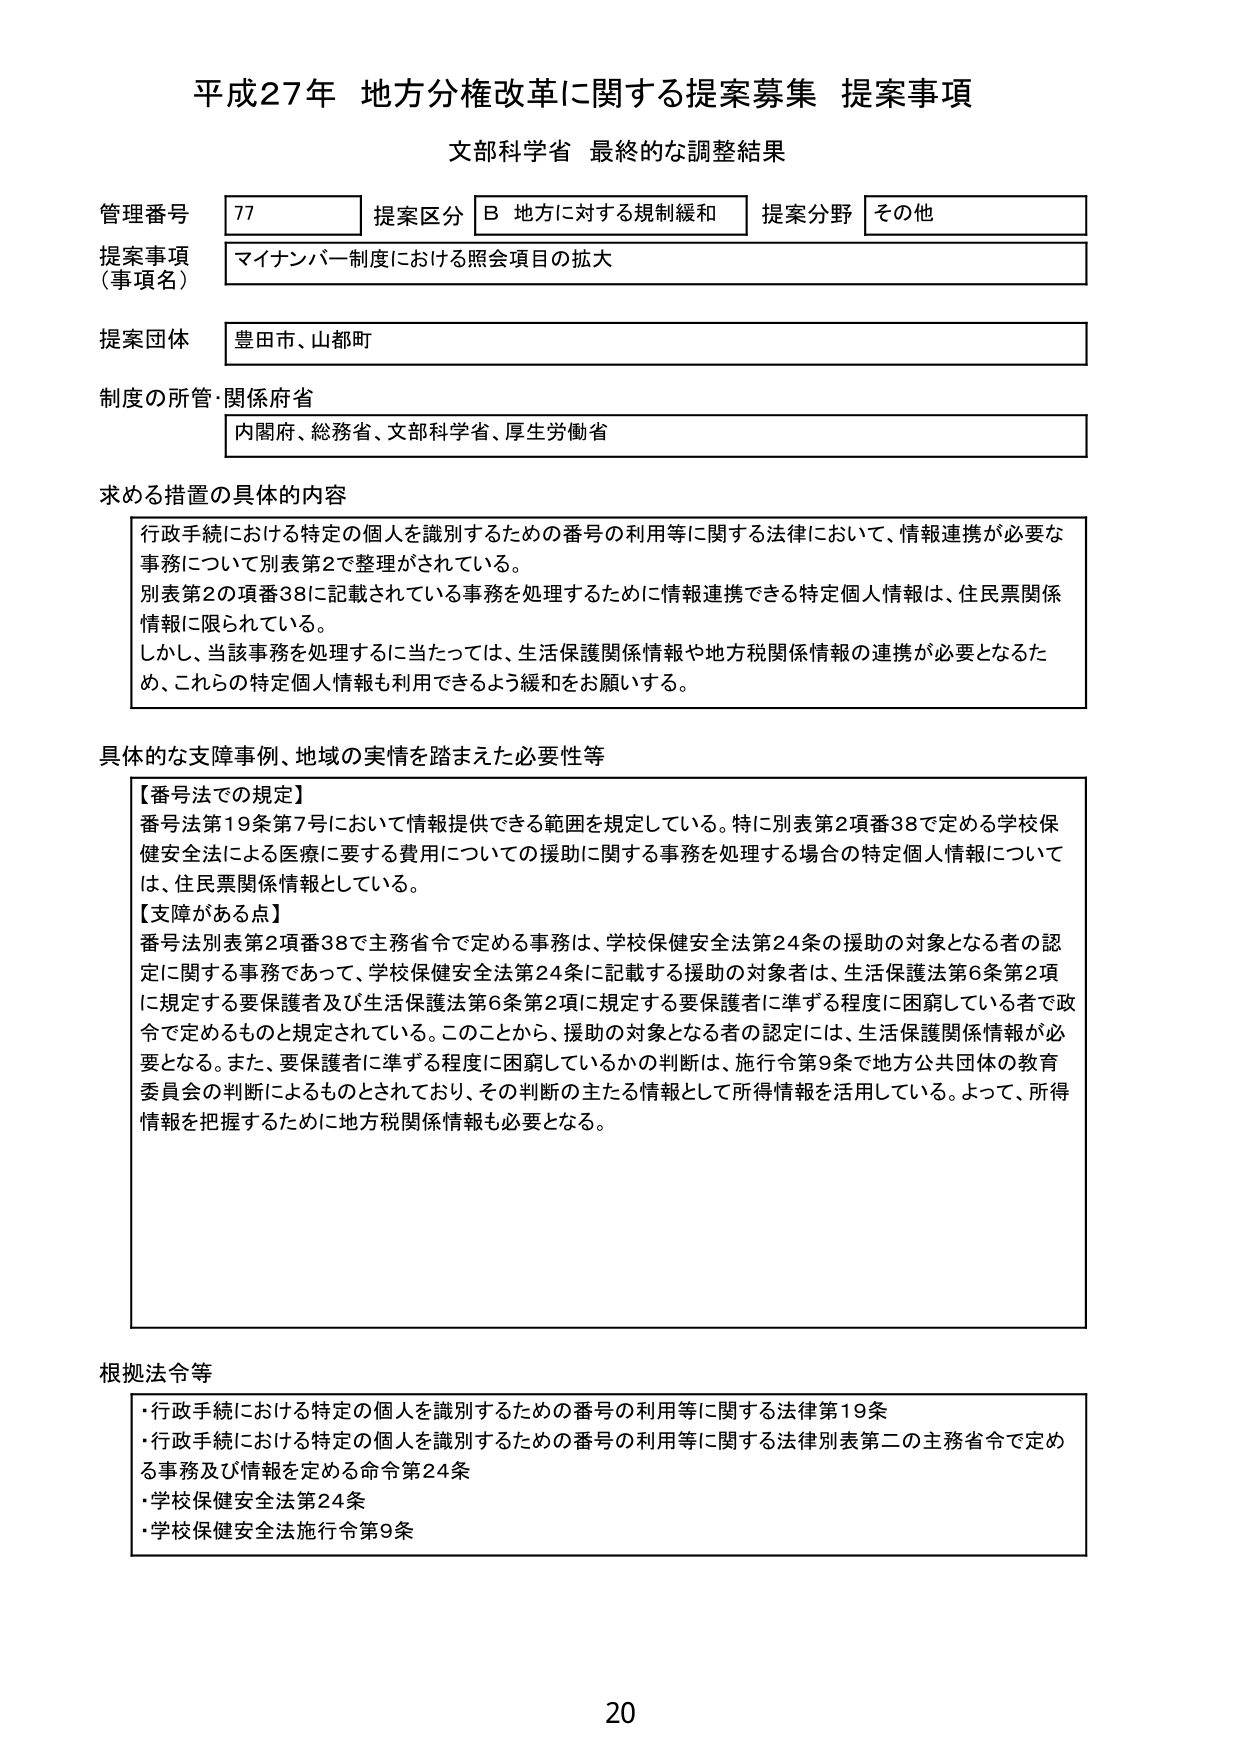
平成27年 地方分権改革に関する提案募集 提案事項
文部科学省 最終的な調整結果

管理番号 77 提案区分 B 地方に対する規制緩和 提案分野 その他
提案事項（事項名） マイナンバー制度における照会項目の拡大
提案団体 豊田市、山都町
制度の所管・関係府省 内閣府、総務省、文部科学省、厚生労働省

求める措置の具体的内容
行政手続における特定の個人を識別するための番号の利用等に関する法律において、情報連携が必要な事務について別表第2で整理がされている。
別表第2の項番38に記載されている事務を処理するために情報連携できる特定個人情報は、住民票関係情報に限られている。
しかし、当該事務を処理するに当たっては、生活保護関係情報や地方税関係情報の連携が必要となるため、これらの特定個人情報も利用できるよう緩和をお願いする。

具体的な支障事例、地域の実情を踏まえた必要性等
【番号法での規定】
番号法第19条第7号において情報提供できる範囲を規定している。特に別表第2項番38で定める学校保健安全法による医療に要する費用についての援助に関する事務を処理する場合の特定個人情報については、住民票関係情報としている。
【支障がある点】
番号法別表第2項番38で主務省令で定める事務は、学校保健安全法第24条の援助の対象となる者の認定に関する事務であって、学校保健安全法第24条に記載する援助の対象者は、生活保護法第6条第2項に規定する要保護者及び生活保護法第6条第2項に規定する要保護者に準ずる程度に困窮している者で政令で定めるものと規定されている。このことから、援助の対象となる者の認定には、生活保護関係情報が必要となる。また、要保護者に準ずる程度に困窮しているかの判断は、施行令第9条で地方公共団体の教育委員会の判断によるものとされており、その判断の主たる情報として所得情報を活用している。よって、所得情報を把握するために地方税関係情報も必要となる。

根拠法令等
・行政手続における特定の個人を識別するための番号の利用等に関する法律第19条
・行政手続における特定の個人を識別するための番号の利用等に関する法律別表第二の主務省令で定める事務及び情報を定める命令第24条
・学校保健安全法第24条
・学校保健安全法施行令第9条

20